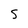
Character: S